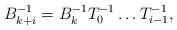
LaTeX: \begin{align*}B_{k+i}^{-1} = B_k^{-1} T_0^{-1} \ldots T_{i-1}^{-1},\end{align*}